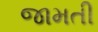
જામતી